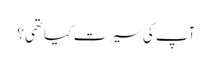
آپ کی سیرت کیا تھی؟